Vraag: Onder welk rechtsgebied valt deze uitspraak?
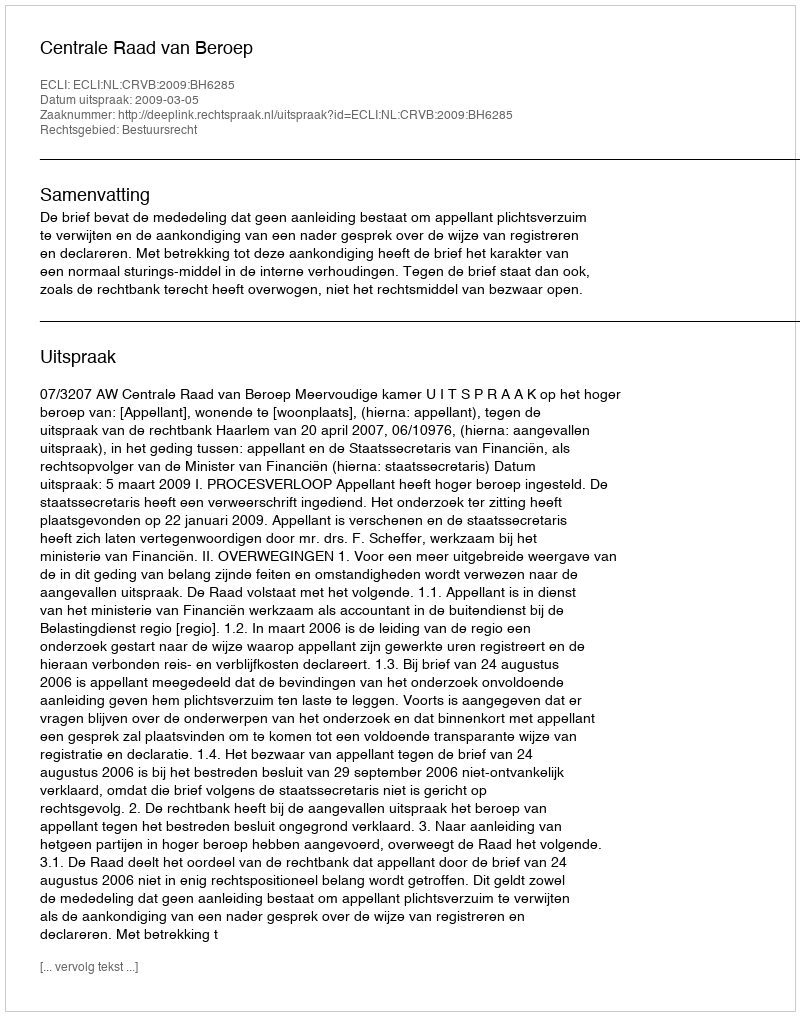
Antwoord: Bestuursrecht